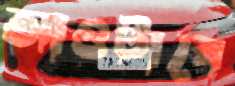
আওটাবে